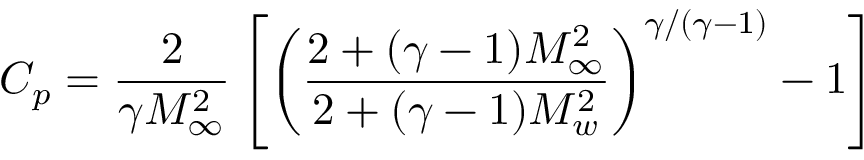
C _ { p } = \frac { 2 } { \gamma M _ { \infty } ^ { 2 } } \left[ \left( \frac { 2 + ( \gamma - 1 ) M _ { \infty } ^ { 2 } } { 2 + ( \gamma - 1 ) M _ { w } ^ { 2 } } \right) ^ { \gamma / ( \gamma - 1 ) } - 1 \right]